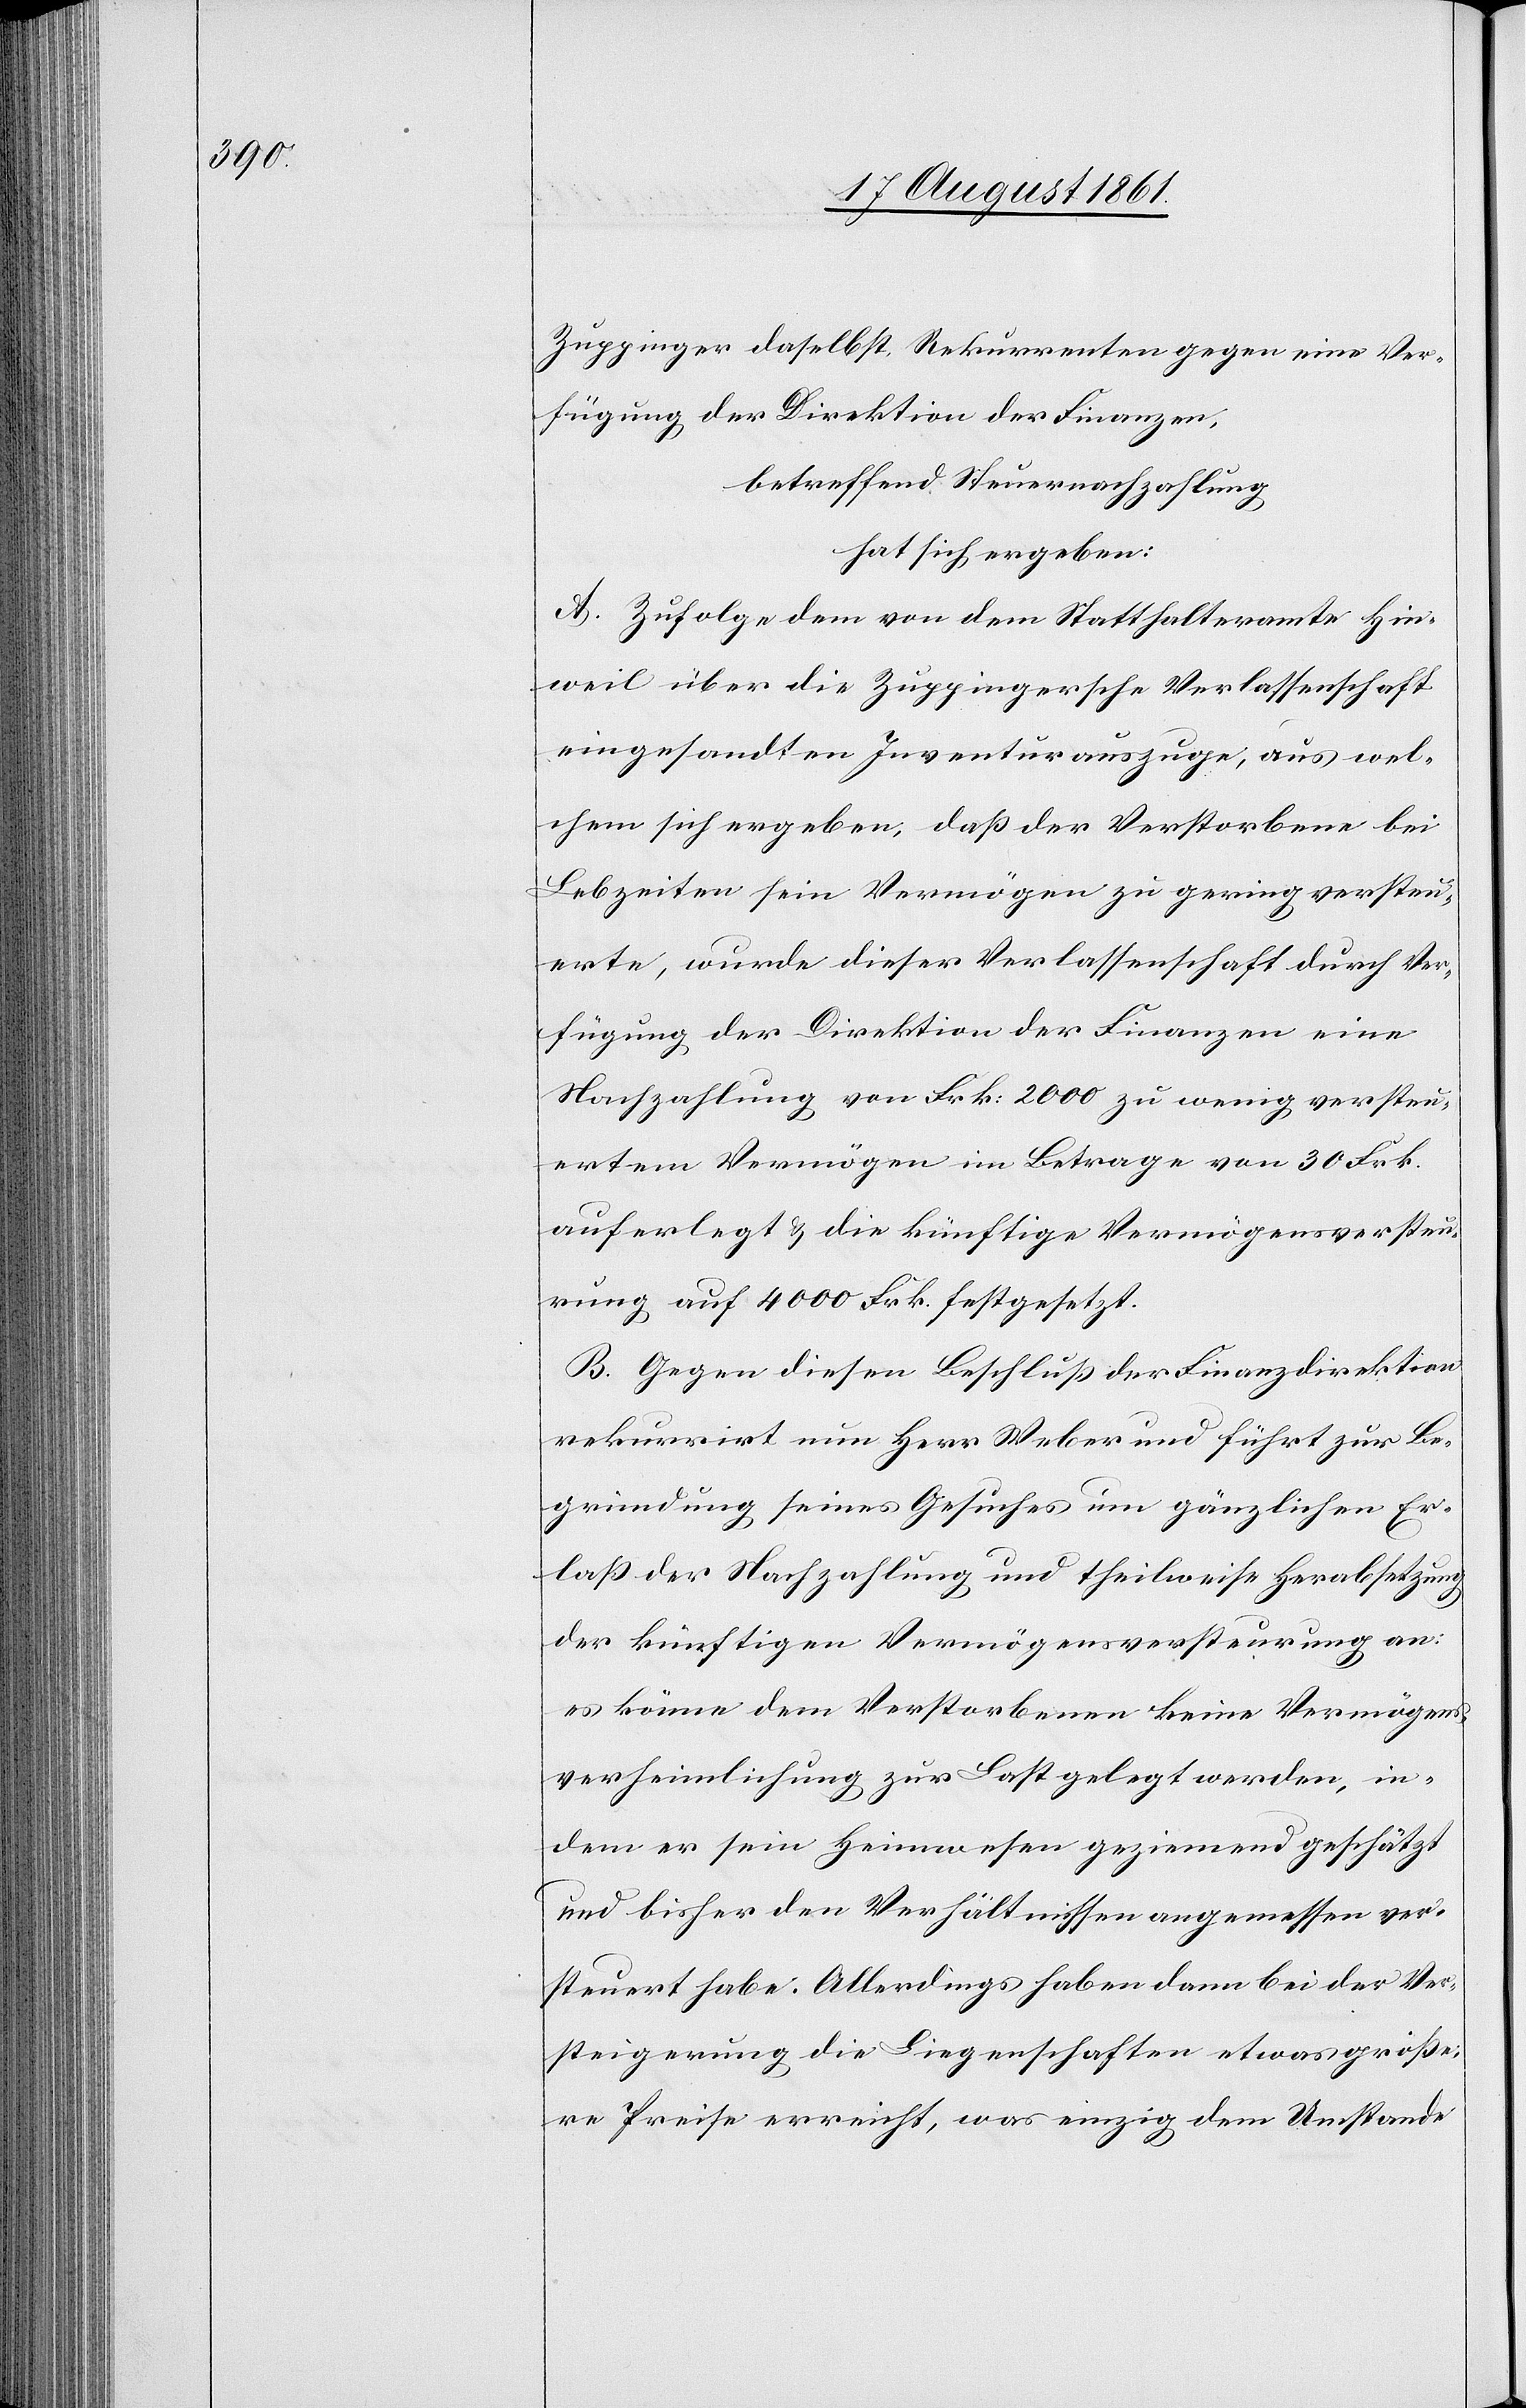
Zuppinger daselbst, Rekurrenten gegen eine Ver¬
fügung der Direktion der Finanzen,
betreffend Steuernachzahlung,
hat sich ergeben:
A. Zufolge dem von dem Statthalteramte Hin¬
weil über die Zuppingersche Verlassenschaft
eingesandten Inventarauszuge, aus wel¬
chem sich ergeben, daß der Verstorbene bei
Lebzeiten sein Vermögen zu gering versteu¬
erte, wurde dieser Verlassenschaft durch Ver¬
fügung, der Direktion der Finanzen eine
Nachzahlung von Frk. 2000 zu wenig versteu¬
ertem Vermögen im Betrage von 30 Frk.
auferlegt u. die künftige Vermögensversteu¬
rung auf 4000 Frk. festgesetzt.
B. Gegen diesen Beschluß der Finanzdirektion
rekurrirt nun Herr Weber und führt zur Be¬
gründung seines Gesuches um gänzlichen Er¬
laß der Nachzahlung und theilweise Herabsetzung
der künftigen Vermögensversteurung an:
es könne dem Verstorbenen keine Vermögens¬
verheimlichung zur Last gelegt werden, in¬
dem er sein Heimwesen geziemend geschätzt
und bisher den Verhältnissen angemessen ver¬
steuert habe. Allerdings haben dann bei der Ver¬
steigerung die Liegenschaften etwas größe¬
re Preise erreicht, was einzig dem Umstande